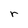
Character: r